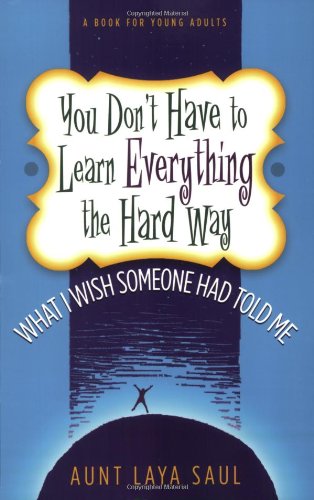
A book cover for You Don't Have to Learn Everything the Hard Way; 'Aunt' Laya Saul; Teen & Young Adult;